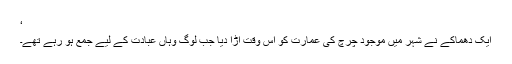
‘
ایک دھماکے نے شہر میں موجود چرچ کی عمارت کو اس وقت اڑا دیا جب لوگ وہاں عبادت کے لیے جمع ہو رہے تھے۔